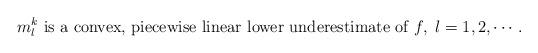
LaTeX: \begin{align*}m^k_l \textrm{ is a convex, piecewise linear lower underestimate of }f ,\ l=1,2,\cdots.\end{align*}